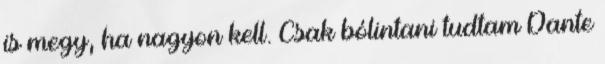
is megy, ha nagyon kell. Csak bólintani tudtam Dante